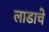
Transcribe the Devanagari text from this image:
लाडाचे